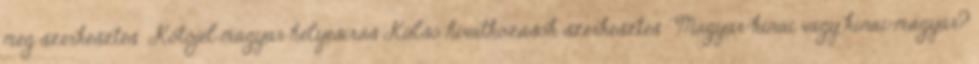
még szerkesztés Kötőjel magyar helyesírás Külső hivatkozások szerkesztés Magyar–kínai vagy kínai–magyar?